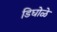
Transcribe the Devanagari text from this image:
डिघोळे